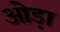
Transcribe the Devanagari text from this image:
ओड़ा